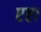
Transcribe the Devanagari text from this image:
एष्टा